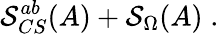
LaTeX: \mathcal{S}_{CS}^{ab}(A)+\mathcal{S}_{\Omega}(A)\; .